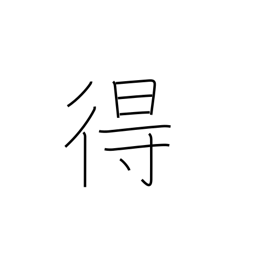
Meaning: can